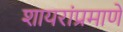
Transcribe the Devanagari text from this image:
शायरांप्रमाणे